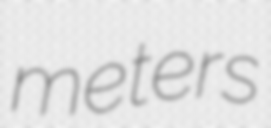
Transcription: meters